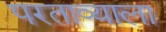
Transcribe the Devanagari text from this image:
परताव्याला